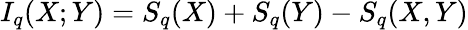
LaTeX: I_{q}(X;Y)=S_{q}(X)+S_{q}(Y)-S_{q}(X,Y)